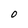
Character: O